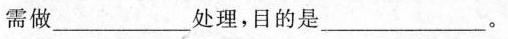
需做___处理，目的是___。